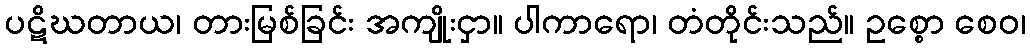
ပဋိဃတာယ၊ တားမြစ်ခြင်း အကျိုးငှာ။ ပါကာရော၊ တံတိုင်းသည်။ ဥစ္စော စေဝ၊